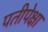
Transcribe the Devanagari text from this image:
पतीपेक्षा